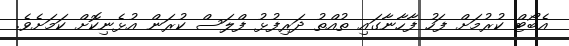
އެބޯޓް ކުރުމަށް ފަހު ފާހާނާގައި ތުއްތު ދަރިފުޅު ފްލަސް ކުރަން އުޅެނިކޮށް ކަމަށެވެ.